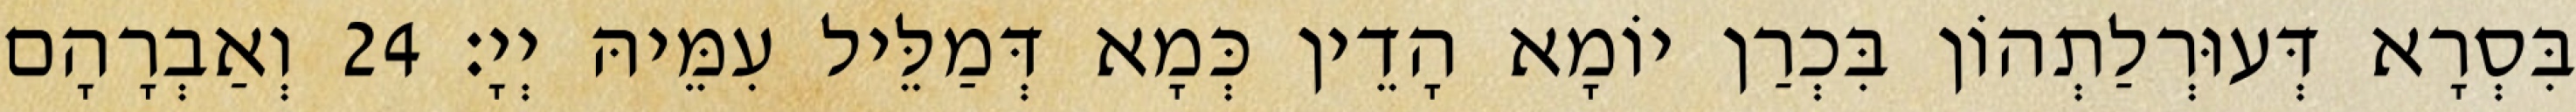
בִּסְרָא דְּעוּרְלַתְהוֹן בִּכְרַן יוֹמָא הָדֵין כְּמָא דְּמַלֵּיל עִמֵּיהּ יְיָ׃ 24 וְאַבְרָהָם